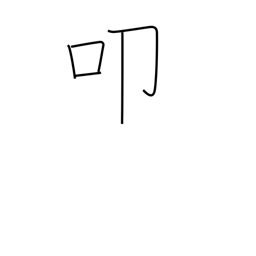
Meaning: kow tow